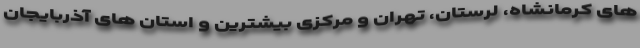
های کرمانشاه، لرستان، تهران و مرکزی بیشترین و استان های آذربایجان